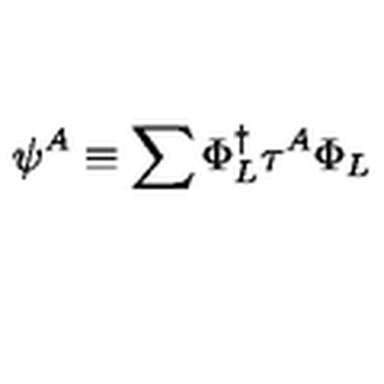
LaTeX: \psi ^ { A } \equiv \sum \Phi _ { L } ^ { \dagger } \tau ^ { A } \Phi _ { L }